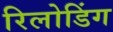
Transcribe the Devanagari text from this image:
रिलोडिंग